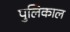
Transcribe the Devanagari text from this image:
पुलिकाल